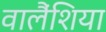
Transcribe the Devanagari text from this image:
वालैंशिया